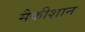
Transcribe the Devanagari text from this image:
मैकीशान